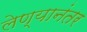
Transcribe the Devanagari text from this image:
लेण्यानंतर